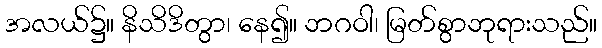
အလယ်၌။ နိသိဒိတွာ၊ နေ၍။ ဘဂဝါ၊ မြတ်စွာဘုရားသည်။